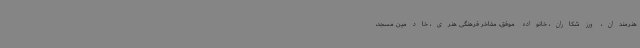
هنرمندان، ورزشکاران، خانواده موفق، مفاخر فرهنگی هنری، خادمین مسجد،